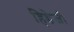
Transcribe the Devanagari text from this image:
हिडेजी